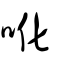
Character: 吪